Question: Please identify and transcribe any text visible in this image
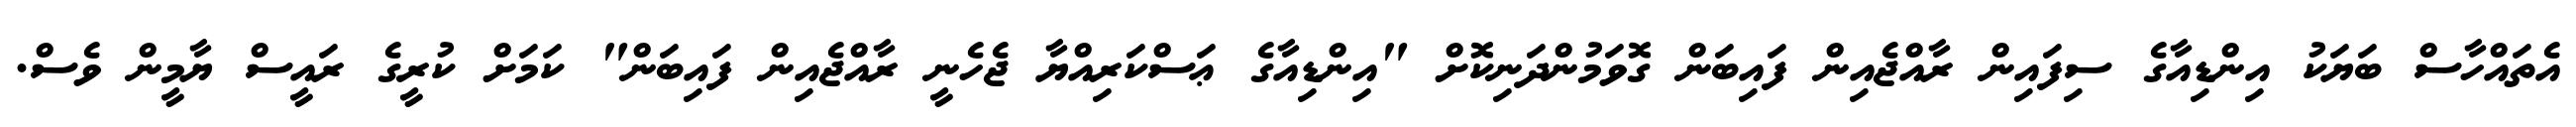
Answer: އެތައްހާސް ބަޔަކު އިންޑިއާގެ ސިފައިން ރާއްޖެއިން ފައިބަން ގޮވަމުންދަނިކޮށް "އިންޑިއާގެ ޢަސްކަރިއްޔާ ޖެހެނީ ރާއްޖެއިން ފައިބަން" ކަމަށް ކުރީގެ ރައީސް ޔާމީން ވެސް.